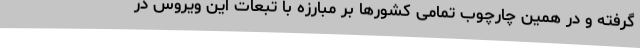
گرفته و در همین چارچوب تمامی کشورها بر مبارزه با تبعات این ویروس در